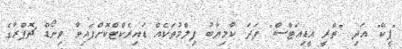
"ޕީކޭ" އަދި "ތްރީ އީޑިއަޓްސް" ފަދަ ކާމިޔާބު ފިލްމުތަކެއް ޑައިރެކްޓްކޮށްފައިވާ ވިނޯޑް ޗޮޕްރާގެ